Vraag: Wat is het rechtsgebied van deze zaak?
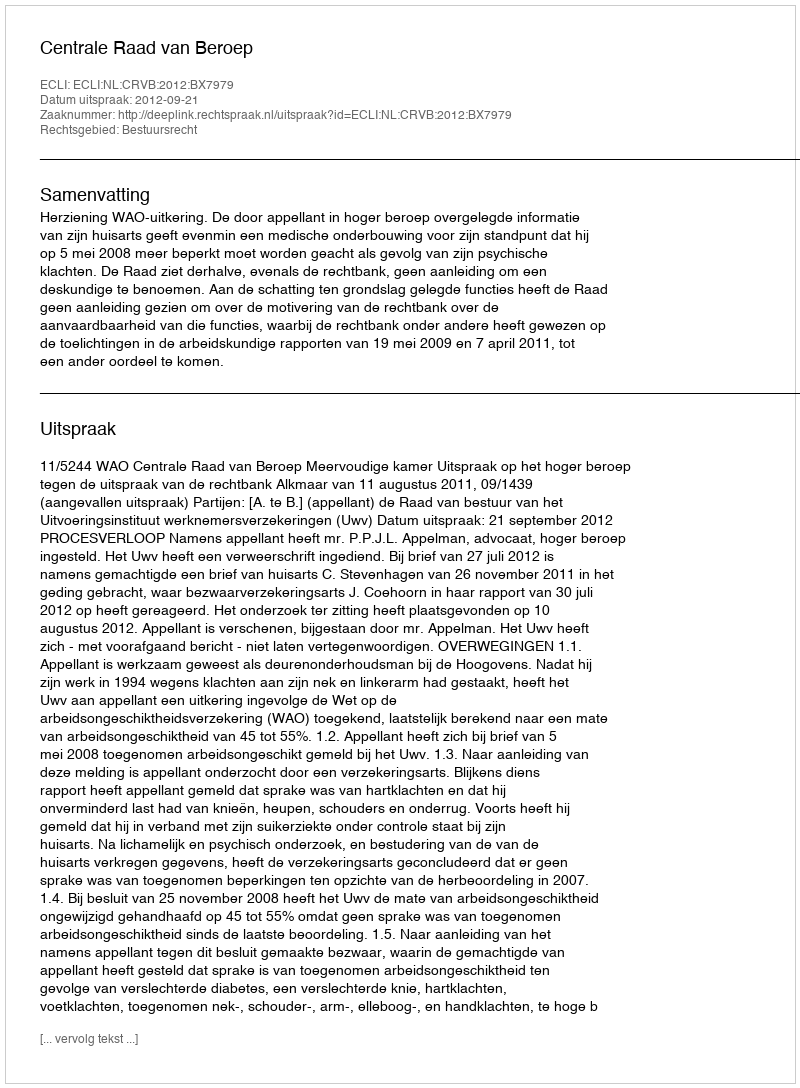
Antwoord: Bestuursrecht